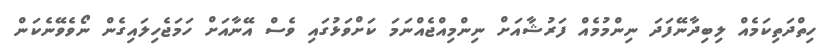
ހިތްދަތިކަމެއް ލިބިދާނޭފަދަ ނިންމުމެއް ފަރުޝާއަށް ނިންމިއްޖެއްނަމަ ކަށްވަޅުގައި ވެސް އޭނާއަށް ހަމަޖެހިލައިގެން ނޯވެވޭނެކަން